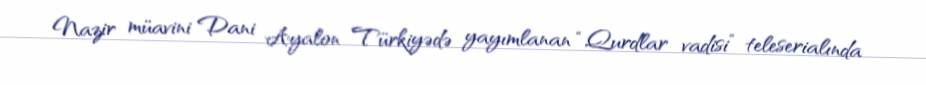
Nazir müavini Dani Ayalon Türkiyədə yayımlanan “Qurdlar vadisi” teleserialında